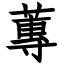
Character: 蓴